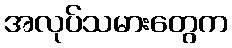
အလုပ်သမားတွေက